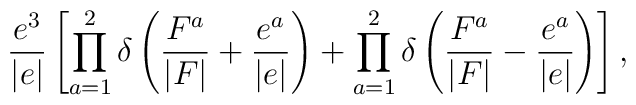
\frac{e^3}{|e|} \left[ \prod_{a=1}^{2} \delta \left( \frac{F^a}{|F|} + \frac{e^a}{|e|} \right)+ \prod_{a=1}^{2}\delta \left( \frac{F^a}{|F|} - \frac{e^a}{|e|} \right) \right],